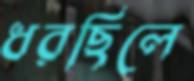
ধরছিলে